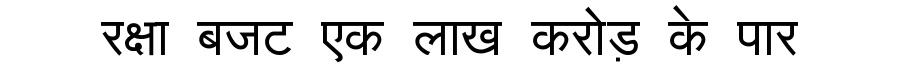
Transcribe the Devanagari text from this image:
रक्षा बजट एक लाख करोड़ के पार